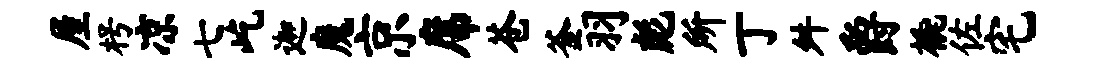
屋枵凉七屹迦魔京席苍釜羽彪所丁舛爵橇佐宅